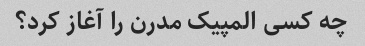
چه کسی المپیک مدرن را آغاز کرد؟